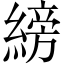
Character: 縍